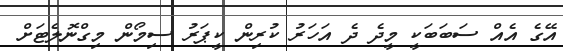
އޭގެ އެއް ސަބަބަކީ މީދެ ދެ އަހަރު ކުރިން ކީޕަރު ސިމޯން މިގްނޮލެޓަށް